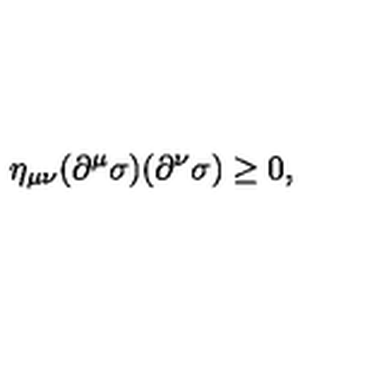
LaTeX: \eta _ { \mu \nu } ( \partial ^ { \mu } \sigma ) ( \partial ^ { \nu } \sigma ) \geq 0 ,